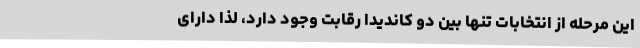
این مرحله از انتخابات تنها بین دو کاندیدا رقابت وجود دارد، لذا دارای